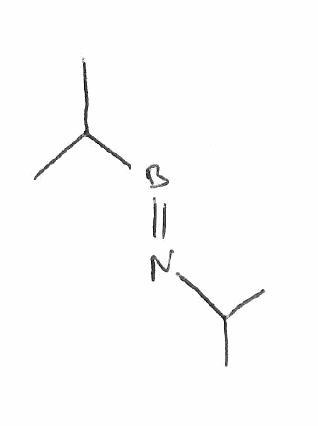
Simplified molecular-input line-entry system (SMILES) notation of the given molecule:
B(=NC(C)C)C(C)C